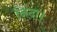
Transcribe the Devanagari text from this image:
निंदा।